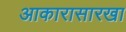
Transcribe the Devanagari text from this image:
आकारासारखा